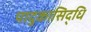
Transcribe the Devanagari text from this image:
पादुकासिद्धि